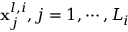
\mathbf { x } _ { j } ^ { l , i } , j = 1 , \cdots , L _ { i }